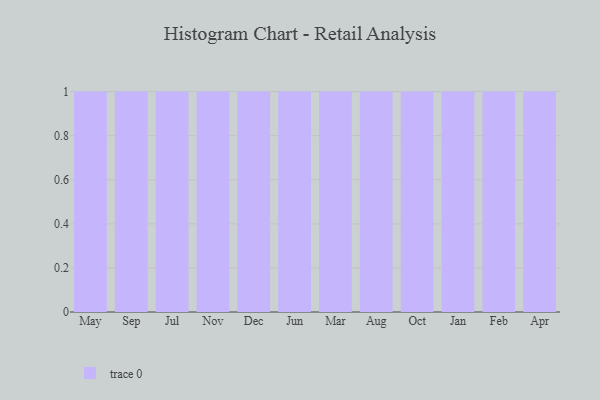
{"axis": {"x": "Month", "y": "Shipments"}, "legend": [""], "data": [{"x": "May", "y": 68, "type": ""}, {"x": "Sep", "y": 29, "type": ""}, {"x": "Jul", "y": 75, "type": ""}, {"x": "Nov", "y": 80, "type": ""}, {"x": "Dec", "y": 100, "type": ""}, {"x": "Jun", "y": 17, "type": ""}, {"x": "Mar", "y": 71, "type": ""}, {"x": "Aug", "y": 14, "type": ""}, {"x": "Oct", "y": 97, "type": ""}, {"x": "Jan", "y": 6, "type": ""}, {"x": "Feb", "y": 99, "type": ""}, {"x": "Apr", "y": 6, "type": ""}]}